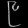
Digit: ၉